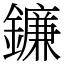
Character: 鐮